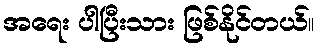
အရေး ပါပြီးသား ဖြစ်နိုင်တယ်။